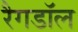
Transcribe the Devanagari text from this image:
रैगडॉल